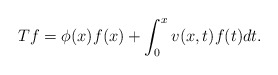
\begin{align*}Tf=\phi(x)f(x)+\int_{0}^{x}v(x,t)f(t)dt.\end{align*}